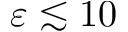
\varepsilon \lesssim 1 0